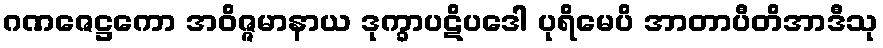
ဂဏဇေဋ္ဌကော အဝိဇ္ဇမာနာယ ဒုက္ခာပဋိပဒေါ ပုရိမေပိ အာတာပီတိအာဒီသု